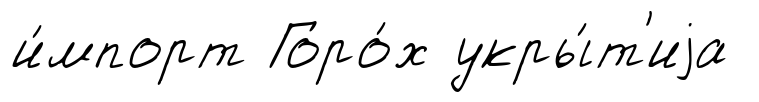
и́мпорт Горо́х укры́т'иjа